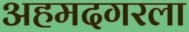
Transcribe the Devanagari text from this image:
अहमदगरला